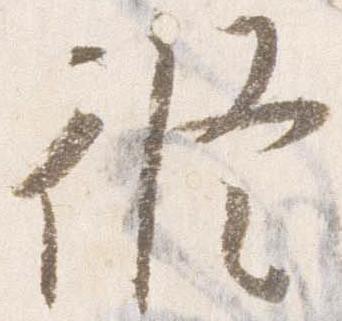
修